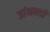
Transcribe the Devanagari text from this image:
जांभवाडी